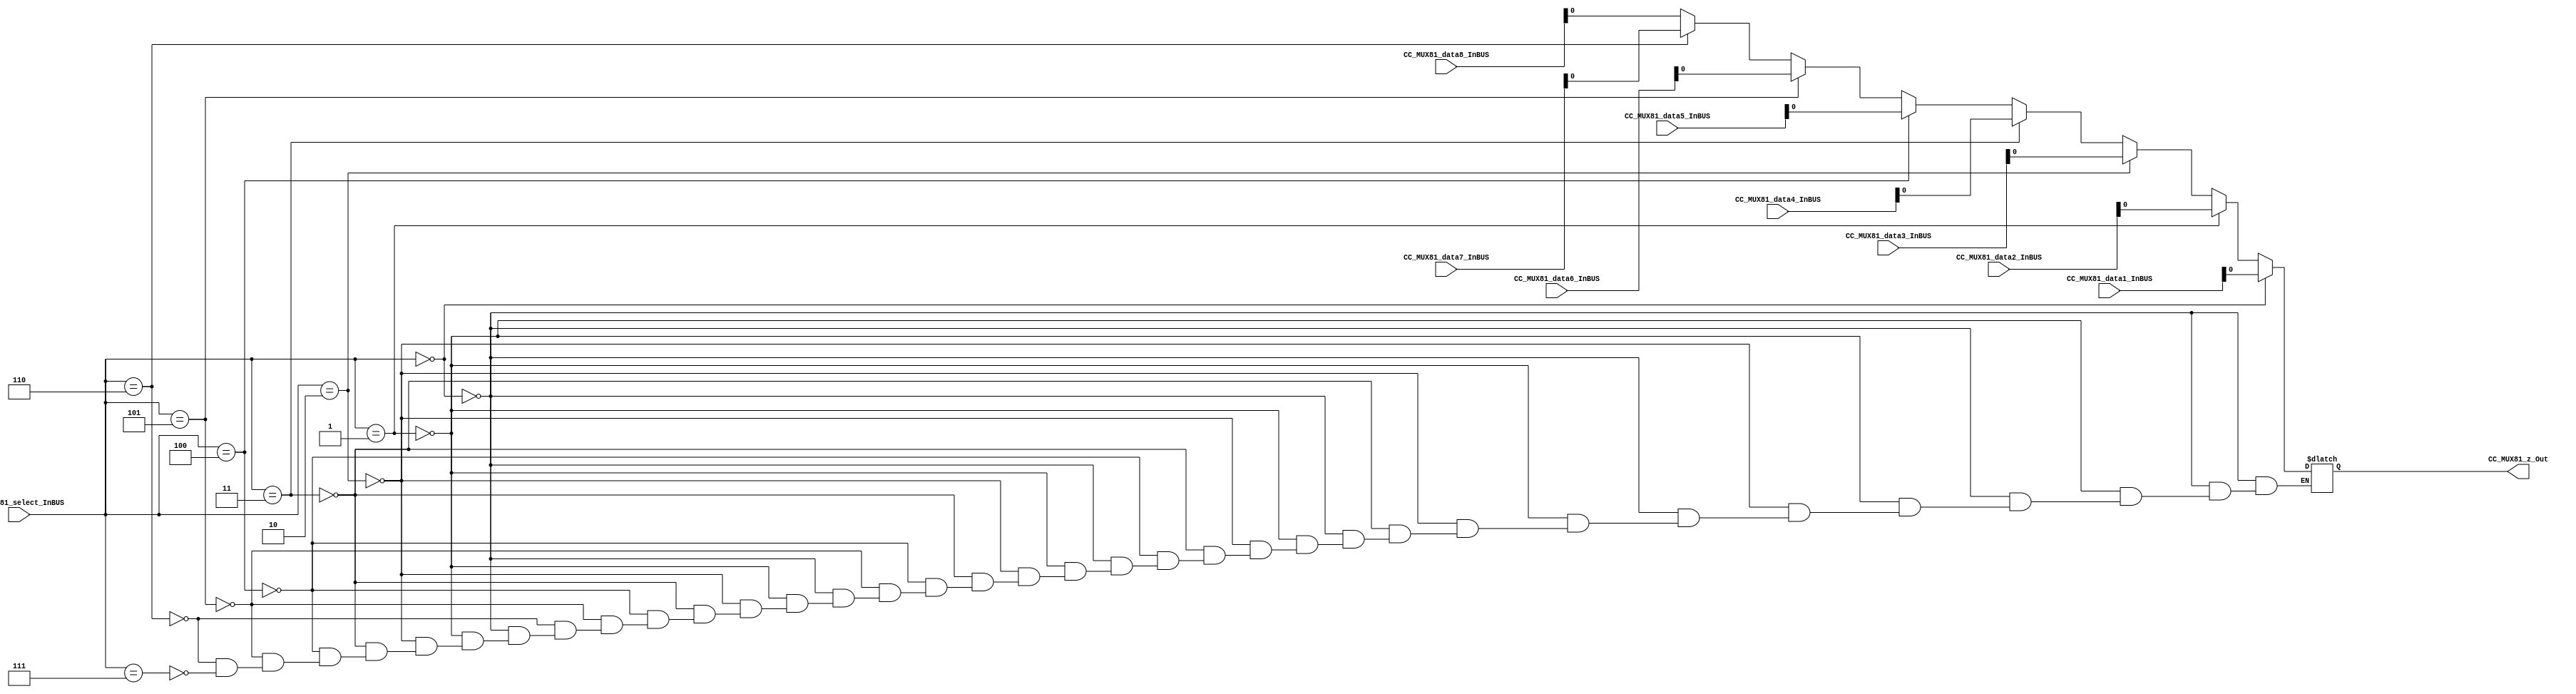

//=======================================================
//  MODULE Definition
//=======================================================
module CC_MUX81 #(parameter MUX81_SELECTWIDTH=3,parameter MUX81_DATAWIDTH=8)(
//////////// OUTPUTS //////////
	CC_MUX81_z_Out,
//////////// INPUTS //////////
	CC_MUX81_select_InBUS,
	CC_MUX81_data1_InBUS,
	CC_MUX81_data2_InBUS,
    CC_MUX81_data3_InBUS,
	CC_MUX81_data4_InBUS,
    CC_MUX81_data5_InBUS,
	CC_MUX81_data6_InBUS,
    CC_MUX81_data7_InBUS,
	CC_MUX81_data8_InBUS
);
//=======================================================
//  PARAMETER declarations
//=======================================================

//=======================================================
//  PORT declarations
//=======================================================
output	reg CC_MUX81_z_Out;
input 	[MUX81_SELECTWIDTH-1:0]CC_MUX81_select_InBUS;
input 	[MUX81_DATAWIDTH-1:0] CC_MUX81_data1_InBUS;
input 	[MUX81_DATAWIDTH-1:0] CC_MUX81_data2_InBUS;
input 	[MUX81_DATAWIDTH-1:0] CC_MUX81_data3_InBUS;
input 	[MUX81_DATAWIDTH-1:0] CC_MUX81_data4_InBUS;
input 	[MUX81_DATAWIDTH-1:0] CC_MUX81_data5_InBUS;
input 	[MUX81_DATAWIDTH-1:0] CC_MUX81_data6_InBUS;
input 	[MUX81_DATAWIDTH-1:0] CC_MUX81_data7_InBUS;
input 	[MUX81_DATAWIDTH-1:0] CC_MUX81_data8_InBUS;
//=======================================================
//  REG/WIRE declarations
//=======================================================

//=======================================================
//  Structural coding
//=======================================================
always @(CC_MUX81_data1_InBUS or CC_MUX81_select_InBUS or CC_MUX81_data2_InBUS 
        or CC_MUX81_data2_InBUS or  CC_MUX81_data4_InBUS or CC_MUX81_data5_InBUS or 
         CC_MUX81_data6_InBUS or CC_MUX81_data7_InBUS or CC_MUX81_data8_InBUS)
begin
    if( CC_MUX81_select_InBUS == 0)
      CC_MUX81_z_Out = CC_MUX81_data1_InBUS;   
    else if( CC_MUX81_select_InBUS == 1)
      CC_MUX81_z_Out = CC_MUX81_data2_InBUS;  
    else if( CC_MUX81_select_InBUS == 2)
      CC_MUX81_z_Out = CC_MUX81_data3_InBUS;  
    else if( CC_MUX81_select_InBUS == 3)
      CC_MUX81_z_Out = CC_MUX81_data4_InBUS;  
    else if( CC_MUX81_select_InBUS == 4)
      CC_MUX81_z_Out = CC_MUX81_data5_InBUS;  
    else if( CC_MUX81_select_InBUS == 5)
      CC_MUX81_z_Out = CC_MUX81_data6_InBUS;  
    else if( CC_MUX81_select_InBUS == 6)
      CC_MUX81_z_Out = CC_MUX81_data7_InBUS;  
    else if( CC_MUX81_select_InBUS == 7)
      CC_MUX81_z_Out = CC_MUX81_data8_InBUS;   
end

endmodule